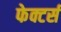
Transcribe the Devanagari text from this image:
फेक्टर्स